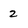
Character: 2